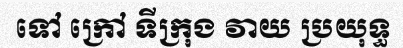
ទៅ ក្រៅ ទីក្រុង វាយ ប្រយុទ្ធ